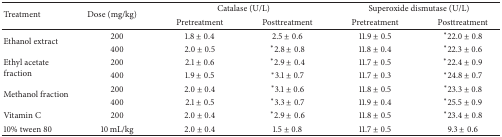
| <ROWSPAN=2> Treatment | <ROWSPAN=2> Dose (mg/kg) | <COLSPAN=2> Catalase (U/L) | <COLSPAN=2> Superoxide dismutase (U/L) |
 | Pretreatment | Posttreatment | Pretreatment | Posttreatment |
 | --- | --- | --- | --- | --- | --- |
 | <ROWSPAN=2> Ethanol extract | 200 | 1.8 ± 0.4 | 2.5 ± 0.6 | 11.9 ± 0.5 | *22.0 ± 0.8 |
 | 400 | 2.0 ± 0.5 | *2.8 ± 0.8 | 11.8 ± 0.4 | *22.3 ± 0.6 |
 | <ROWSPAN=2> Ethyl acetate fraction | 200 | 2.1 ± 0.6 | *2.9 ± 0.4 | 11.7 ± 0.5 | *22.4 ± 0.9 |
 | 400 | 1.9 ± 0.5 | *3.1 ± 0.7 | 11.7 ± 0.3 | *24.8 ± 0.7 |
 | <ROWSPAN=2> Methanol fraction | 200 | 2.0 ± 0.4 | *3.1 ± 0.6 | 11.8 ± 0.5 | *23.3 ± 0.8 |
 | 400 | 2.1 ± 0.5 | *3.3 ± 0.7 | 11.9 ± 0.4 | *25.5 ± 0.9 |
 | Vitamin C | 200 | 2.0 ± 0.4 | *2.9 ± 0.6 | 11.8 ± 0.5 | *23.4 ± 0.8 |
 | 10% tween 80 | 10 mL/kg | 2.0 ± 0.4 | 1.5 ± 0.8 | 11.7 ± 0.5 | 9.3 ± 0.6 |